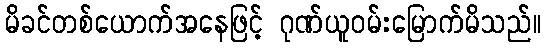
မိခင်တစ်ယောက်အနေဖြင့် ဂုဏ်ယူဝမ်းမြောက်မိသည်။